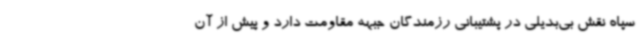
سپاه نقش بی‌بدیلی در پشتیبانی رزمندگان جبهه مقاومت دارد و پیش از آن